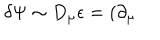
\delta \Psi \sim D _ { \mu } \epsilon = ( \partial _ { \mu }